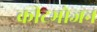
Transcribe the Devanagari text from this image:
कीटभोजन